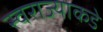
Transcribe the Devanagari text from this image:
स्वराज्याकडे